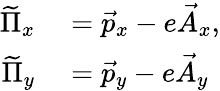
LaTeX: \begin{array}{rl}{\widetilde{\Pi}_{x}}&{{}=\vec{p}_{x}-e\vec{A}_{x},}\\ {\widetilde{\Pi}_{y}}&{{}=\vec{p}_{y}-e\vec{A}_{y}}\end{array}